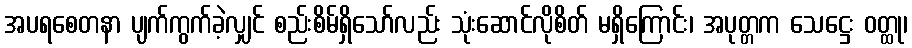
အပရစေတနာ ပျက်ကွက်ခဲ့လျှင် စည်းစိမ်ရှိသော်လည်း သုံးဆောင်လိုစိတ် မရှိကြောင်း၊ အပုတ္တက သေဋ္ဌေး ဝတ္ထု၊